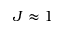
J \approx 1